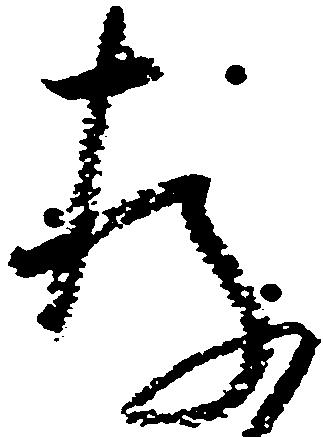
存